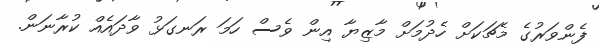
ފެންވަރުގެ މެޗަކަށް ހެދުމަށް މާޒިޔާ އިން ވެސް ހަމަ ރަނގަޅު ވާދައެއް ކުރާނަން.